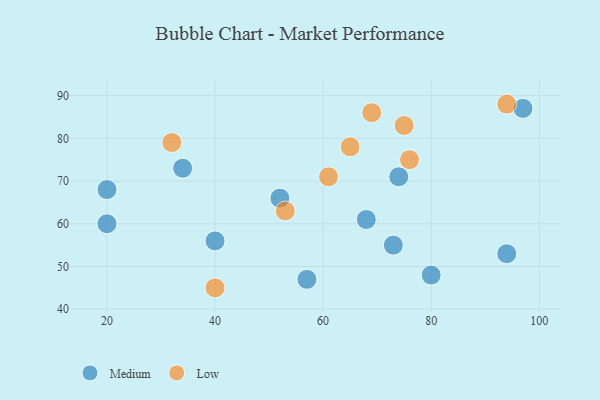
{"axis": {"x": "GDP", "y": "Life Expectancy"}, "legend": ["Low", "Medium"], "data": [{"x": "20", "y": 68, "type": "Medium"}, {"x": "94", "y": 53, "type": "Medium"}, {"x": "20", "y": 60, "type": "Medium"}, {"x": "52", "y": 66, "type": "Medium"}, {"x": "80", "y": 48, "type": "Medium"}, {"x": "73", "y": 55, "type": "Medium"}, {"x": "74", "y": 71, "type": "Medium"}, {"x": "34", "y": 73, "type": "Medium"}, {"x": "68", "y": 61, "type": "Medium"}, {"x": "97", "y": 87, "type": "Medium"}, {"x": "40", "y": 56, "type": "Medium"}, {"x": "57", "y": 47, "type": "Medium"}, {"x": "61", "y": 71, "type": "Low"}, {"x": "53", "y": 63, "type": "Low"}, {"x": "76", "y": 75, "type": "Low"}, {"x": "65", "y": 78, "type": "Low"}, {"x": "32", "y": 79, "type": "Low"}, {"x": "75", "y": 83, "type": "Low"}, {"x": "40", "y": 45, "type": "Low"}, {"x": "94", "y": 88, "type": "Low"}, {"x": "69", "y": 86, "type": "Low"}]}